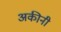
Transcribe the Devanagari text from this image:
अकीनी